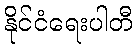
နိုင်ငံရေးပါတီ